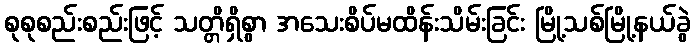
စုစုစည်းစည်းဖြင့် သတ္တိရှိစွာ အသေးစိပ်မထိန်းသိမ်းခြင်း မြို့သစ်မြို့နယ်ခွဲ